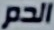
الدم